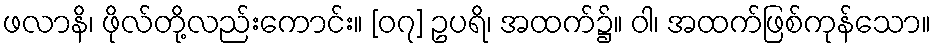
ဖလာနိ၊ ဖိုလ်တို့လည်းကောင်း။ [၀၇] ဥပရိ၊ အထက်၌။ ဝါ၊ အထက်ဖြစ်ကုန်သော။